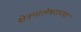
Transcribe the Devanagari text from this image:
क्षेत्रपालेश्वराच्या